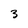
Character: 3